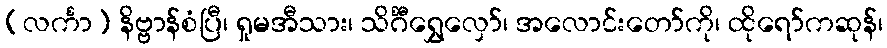
(လင်္ကာ) နိဗ္ဗာန်စံပြီ၊ ရှုမအီသား၊ သိင်္ဂီရွှေလှော်၊ အလောင်းတော်ကို၊ ထိုရော်ကဆုန်၊